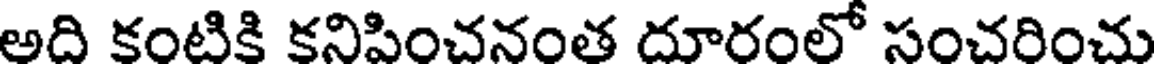
అది కంటికి కనిపించనంత దూరంలో సంచరించు